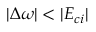
| \Delta \omega | < | E _ { c i } |